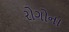
રોગોના